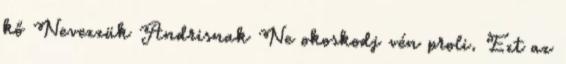
kő Nevezzük Andrisnak Ne okoskodj vén proli. Ezt az